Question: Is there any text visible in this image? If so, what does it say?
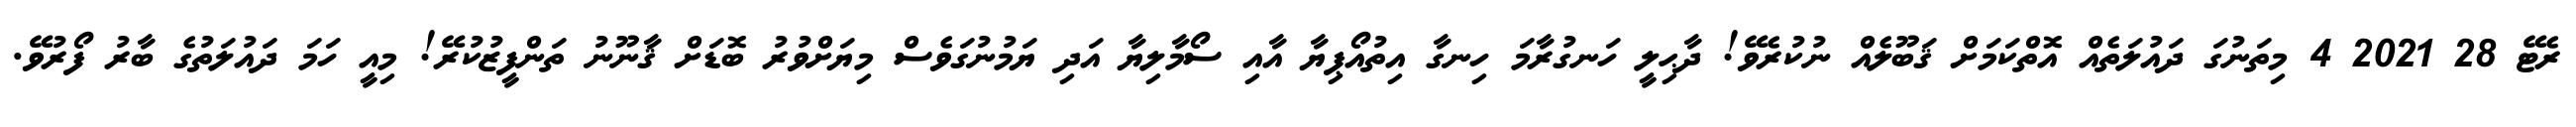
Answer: ރެޓޭ 28 2021 4 މިތަނުގަ ދައުލަތެއް އޮތްކަމަށް ޤަބޫލެއް ނުކުރެވޭ! ދާޙިލީ ހަނގުރާމަ ހިނގާ އިތުއޯޕިޔާ އާއި ސޯމާލިޔާ އަދި ޔަމުނުގަވެސް މިޔަށްވުރު ބޮޑަށް ޤާނޫނު ތަންފީޒުކުރޭ! މިއީ ހަމަ ދައުލަތުގެ ބާރު ފޯރުވޭ.